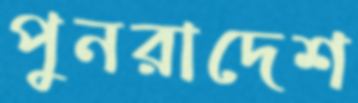
পুনরাদেশ